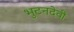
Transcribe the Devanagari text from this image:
भुटनदेवी